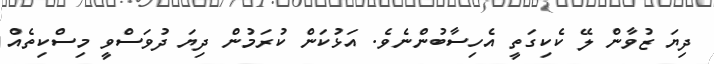
ދިޔަ ޒުވާން ލޭ ކެކިގަތީ އެހިސާބުންނެވެ. އަޅުކަން ކުރަމުން ދިޔަ ދުވަސްވީ މިސްކިތެއް